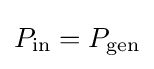
P_{\text{in}}=P_{\text{gen}}